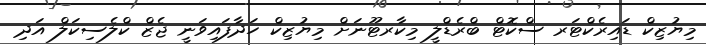
މިޔުޒިކް ޑައިރެކްޓަރ ސްކޮޓް ބްރެޑްލީ މިކާރޓޫނަށް މިޔުޒިކް ހަދާފައިވަނީ ޖެޒް ކްލެސިކަލް އަދި